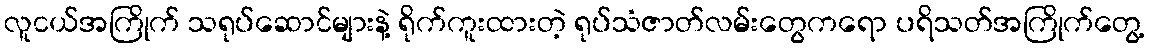
လူငယ်အကြိုက် သရုပ်ဆောင်များနဲ့ ရိုက်ကူးထားတဲ့ ရုပ်သံဇာတ်လမ်းတွေကရော ပရိသတ်အကြိုက်တွေ့